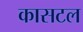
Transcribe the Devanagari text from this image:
कासटल